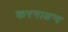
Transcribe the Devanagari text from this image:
करनाअन्य